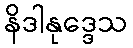
နိဒါနုဒ္ဒေသ